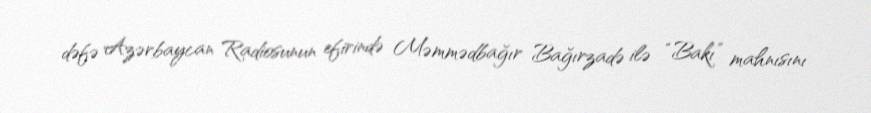
dəfə Azərbaycan Radiosunun efirində Məmmədbağır Bağırzadə ilə “Bakı” mahnısını